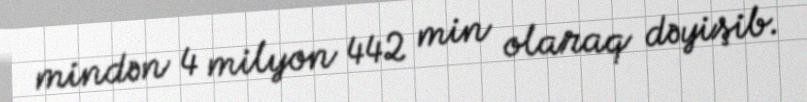
mindən 4 milyon 442 min olaraq dəyişib.